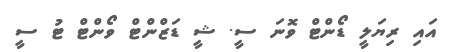
އައި ރިޔަލީ ޑޯންޓް ވޮނަ ސީ. ޝީ ޑަޒްންޓް ވޯންޓް ޓު ސީ